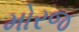
મોરજ